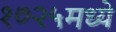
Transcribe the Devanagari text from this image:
१७२५मध्ये